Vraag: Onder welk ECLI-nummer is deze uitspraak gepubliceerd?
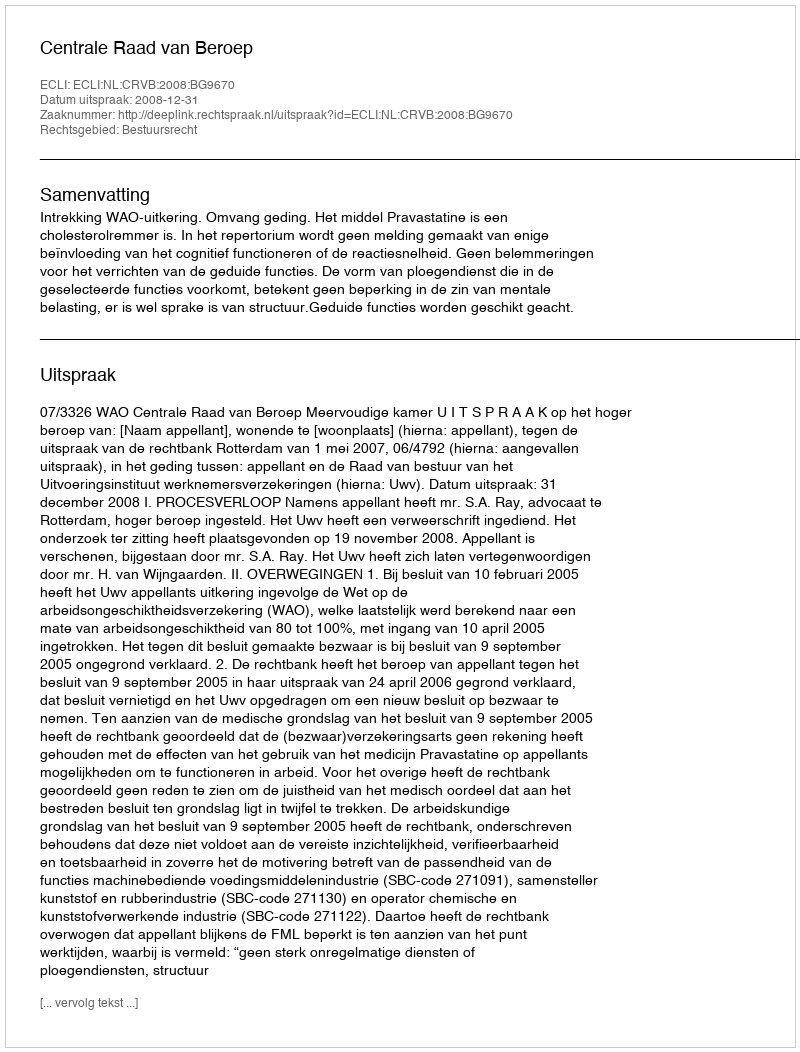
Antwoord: ECLI:NL:CRVB:2008:BG9670